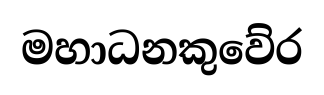
මහාධනකුවේර